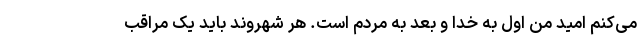
می‌کنم امید من اول به خدا و بعد به مردم است. هر شهروند باید یک مراقب